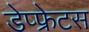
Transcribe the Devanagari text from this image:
डेप्फ्रेटस